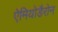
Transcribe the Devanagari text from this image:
ऐमियोडैरोन